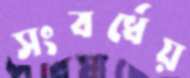
সংবর্ধেয়